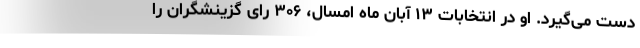
دست می‌گیرد. او در انتخابات ۱۳ آبان ماه امسال، ۳۰۶ رای گزینشگران را